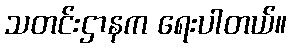
သတင်းဌာနက ရေးပါတယ်။